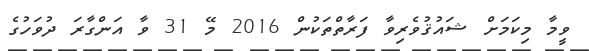
ވީމާ މިކަމަށް ޝައުޤުވެރިވާ ފަރާތްތަކުން 2016 މޭ 31 ވާ އަންގާރަ ދުވަހުގެ